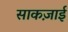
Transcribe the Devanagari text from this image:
साकज़ाई